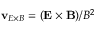
\mathbf { v } _ { E \times B } = ( \mathbf { E } \times \mathbf { B } ) / B ^ { 2 }